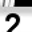
Digit: 2